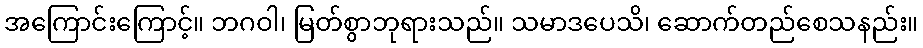
အကြောင်းကြောင့်။ ဘဂဝါ၊ မြတ်စွာဘုရားသည်။ သမာဒပေသိ၊ ဆောက်တည်စေသနည်း။